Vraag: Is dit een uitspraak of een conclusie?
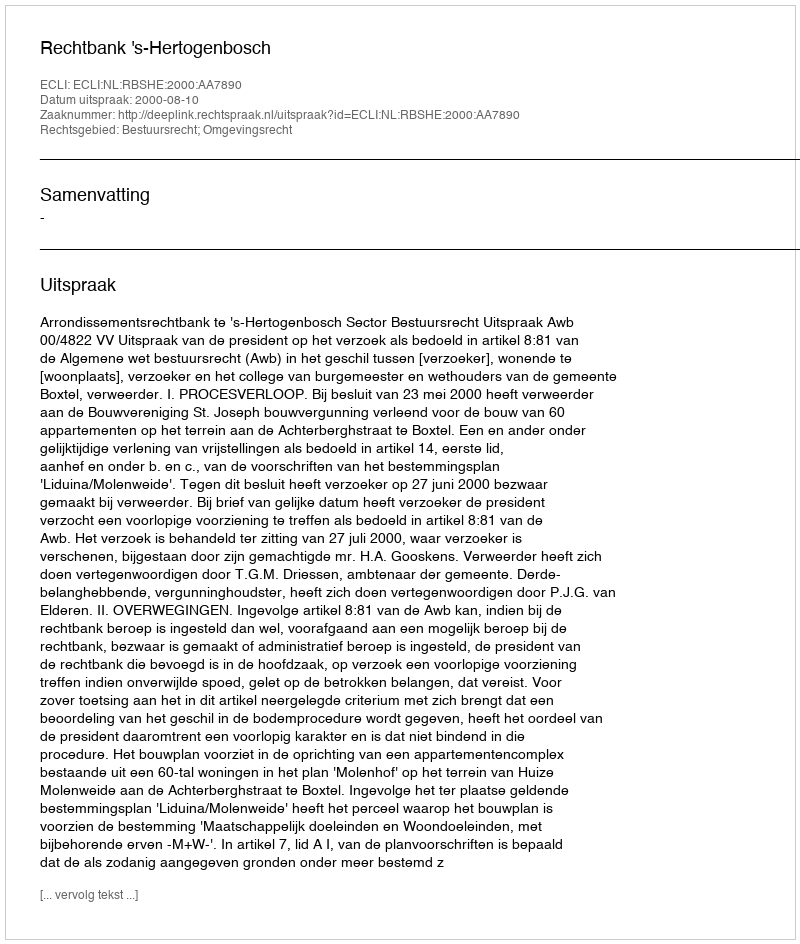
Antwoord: Uitspraak